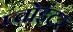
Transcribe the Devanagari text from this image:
प्वोइंटर